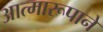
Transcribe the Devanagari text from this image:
आत्मारूपाने